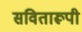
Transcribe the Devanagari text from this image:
सवितारूपी